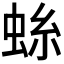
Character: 𫊺